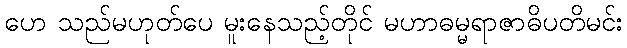
ဟေ သည်မဟုတ်ပေ မူးနေသည့်တိုင် မဟာဓမ္မရာဇာဓိပတိမင်း